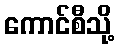
ကောင်စီသို့